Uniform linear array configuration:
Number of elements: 48
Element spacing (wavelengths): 0.5
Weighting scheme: uniform
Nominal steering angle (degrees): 60
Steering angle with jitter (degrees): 60.976
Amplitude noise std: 0.05
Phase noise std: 0.05

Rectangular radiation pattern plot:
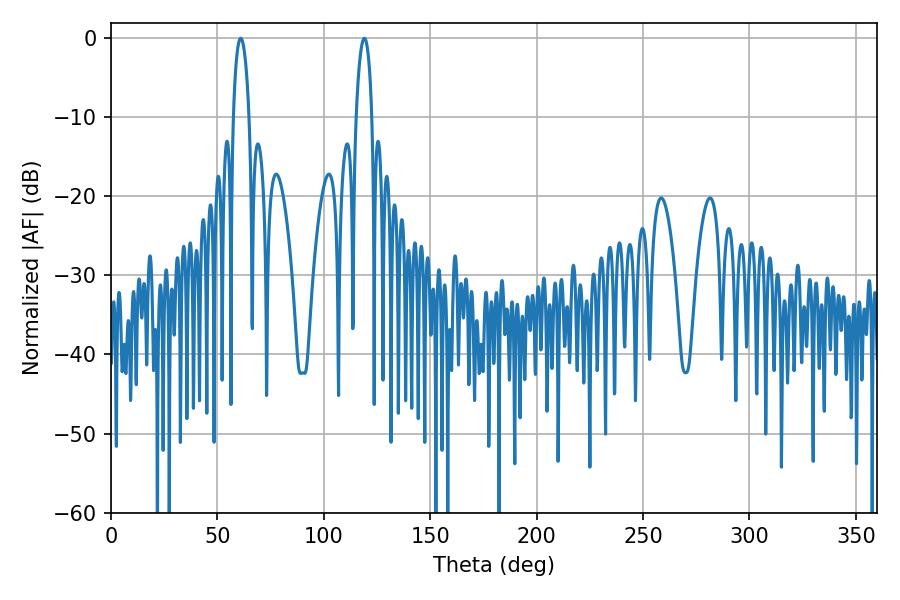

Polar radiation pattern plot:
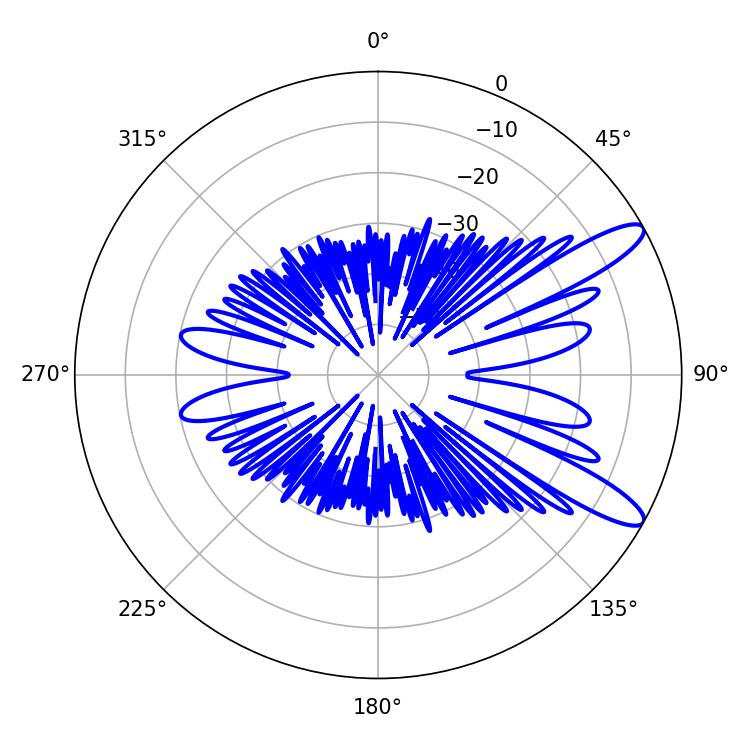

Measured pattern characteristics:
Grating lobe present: FALSE
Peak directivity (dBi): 11.346
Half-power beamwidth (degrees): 4.32
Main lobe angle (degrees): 61.02